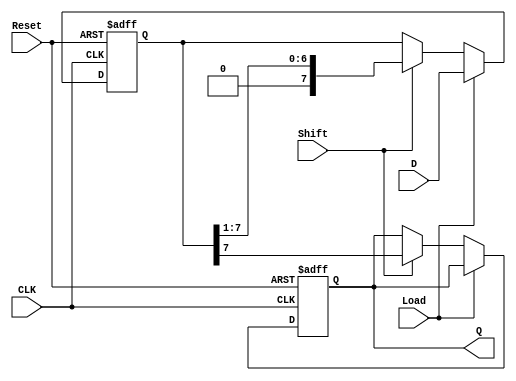
module PISO_ShiftRegister #(
    parameter N = 8  // Parameter for the number of bits in the shift register
)(
    input wire [N-1:0] D,     // Parallel data inputs
    input wire Shift,          // Shift control signal
    input wire Load,           // Load control signal
    input wire CLK,            // Clock signal
    input wire Reset,          // Asynchronous reset signal
    output reg Q               // Serial output
);

    reg [N-1:0] shift_reg;     // Shift register to hold the data

    // Asynchronous reset and data loading/shifting
    always @(posedge CLK or posedge Reset) begin
        if (Reset) begin
            shift_reg <= {N{1'b0}}; // Clear the shift register
            Q <= 1'b0;              // Set serial output to 0
        end else begin
            if (Load) begin
                shift_reg <= D;     // Load parallel data into the register
            end else if (Shift) begin
                Q <= shift_reg[N-1]; // Output the MSB to Q
                shift_reg <= {1'b0, shift_reg[N-1:1]}; // Shift right and introduce 0
            end
        end
    end

endmodule